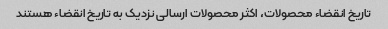
تاریخ انقضاء محصولات، اکثر محصولات ارسالی نزدیک به تاریخ انقضاء هستند